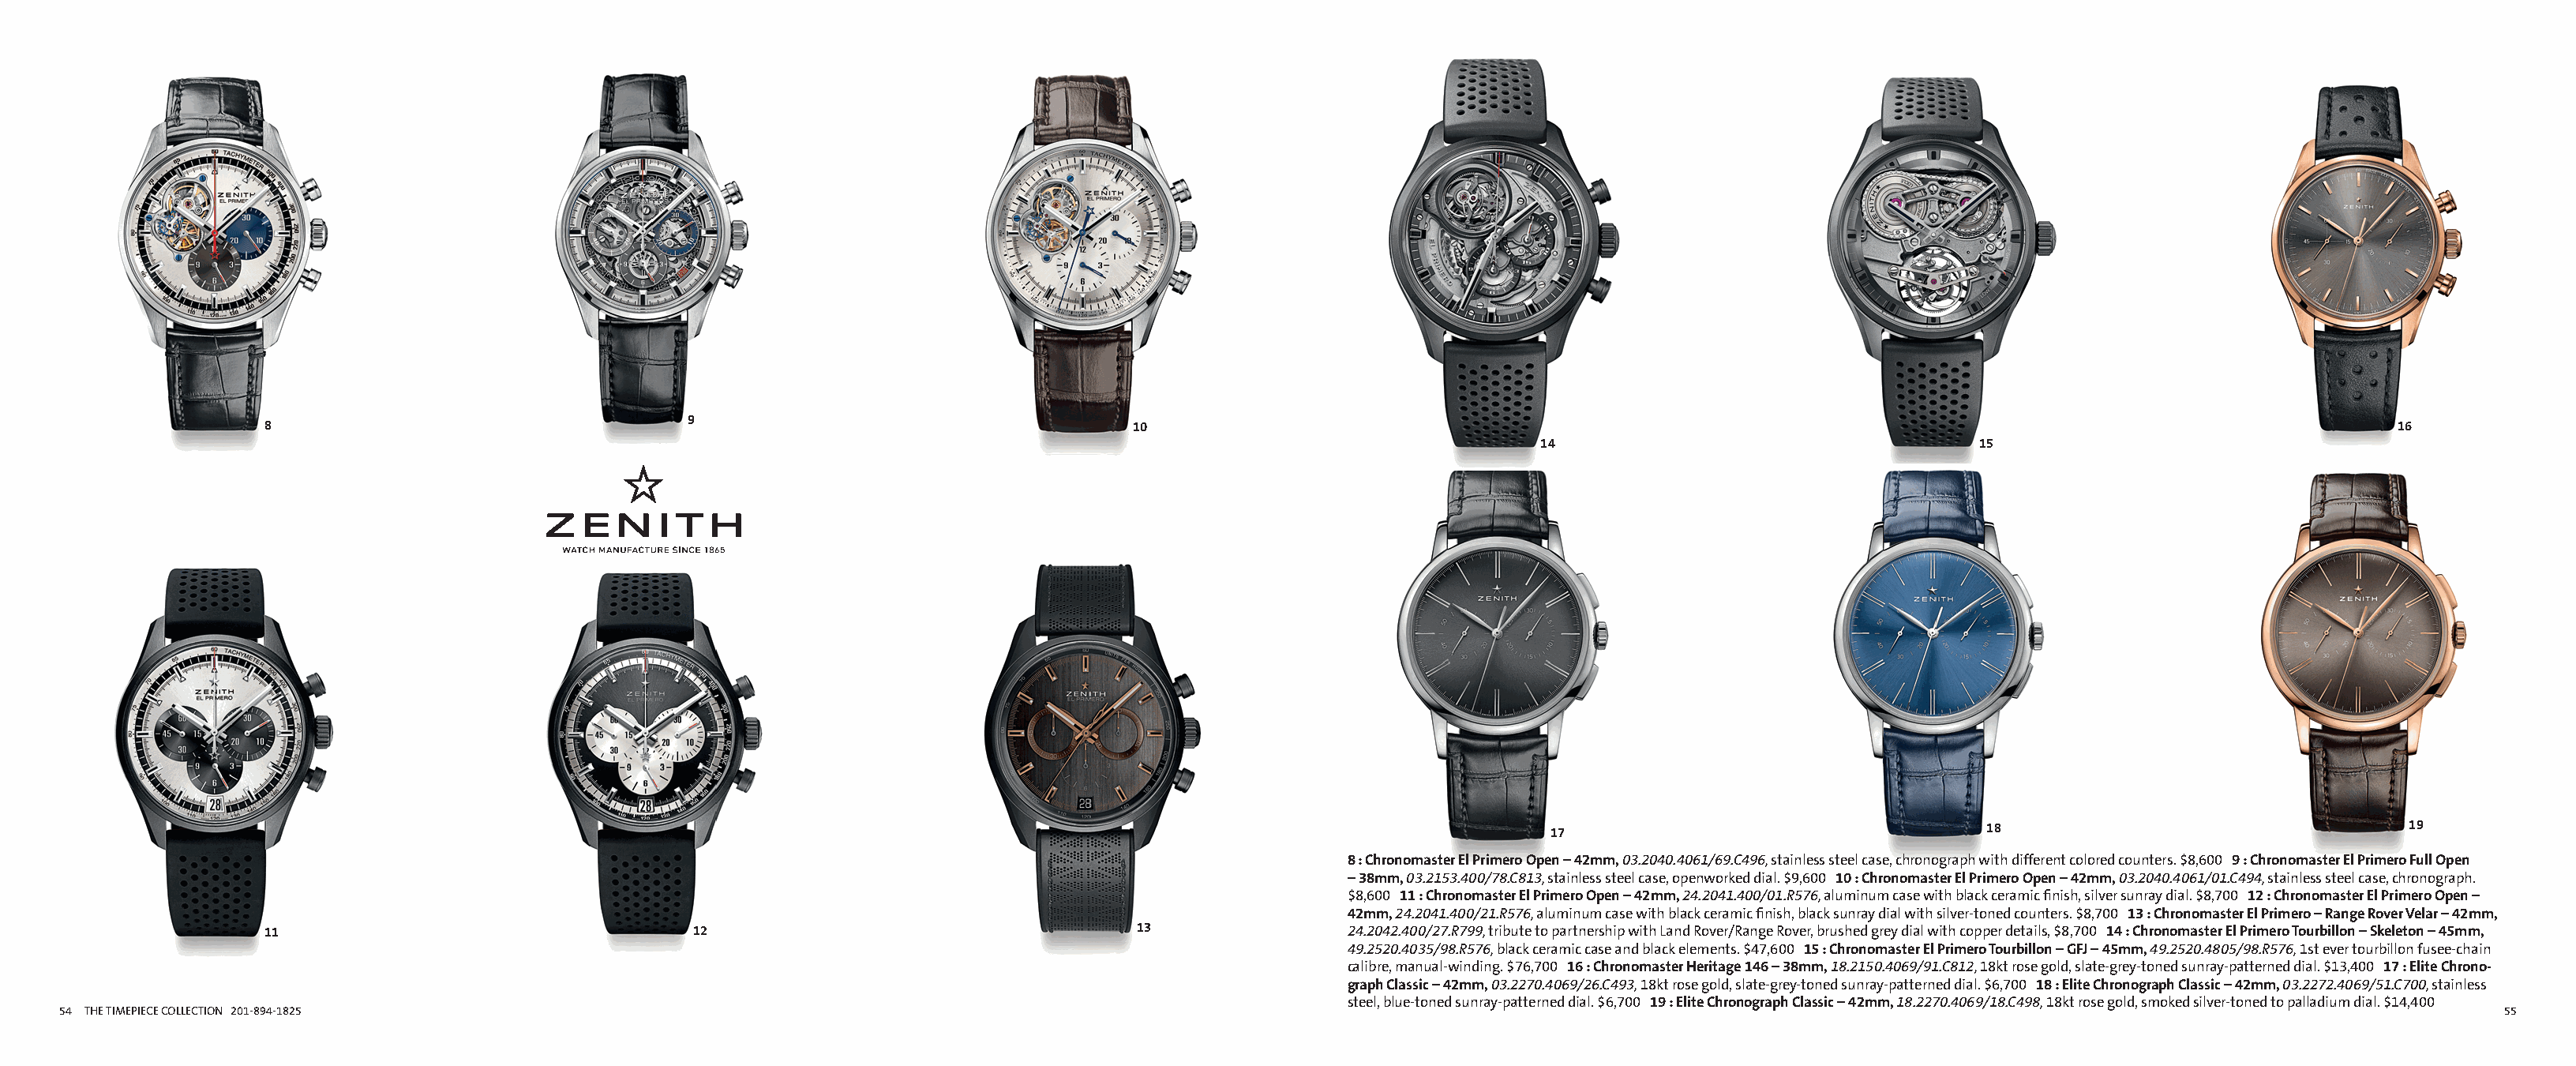
Alternate Insight ai135487b_54 Proof 1                                                              Alternate Insight ai135487b_55 Proof 1
 FullCatalogMech Text                                                                                      FullCatalogMech Text
 9
 8                                                                        10                                                                                                        16
 14                                   15
 17                                   18                                 19
 8 : Chronomaster El Primero Open – 42mm, 03.2040.4061/69.C496, stainless steel case, chronograph with different colored counters. $8,600 9 : Chronomaster El Primero Full Open
 – 38mm, 03.2153.400/78.C813, stainless steel case, openworked dial. $9,600 10 : Chronomaster El Primero Open – 42mm, 03.2040.4061/01.C494, stainless steel case, chronograph.
 $8,600 11 : Chronomaster El Primero Open – 42mm, 24.2041.400/01.R576, aluminum case with black ceramic finish, silver sunray dial. $8,700 12 : Chronomaster El Primero Open –
 42mm, 24.2041.400/21.R576, aluminum case with black ceramic finish, black sunray dial with silver-toned counters. $8,700 13 : Chronomaster El Primero – Range Rover Velar – 42mm,
 11                                  12                                   13                24.2042.400/27.R799, tribute to partnership with Land Rover/Range Rover, brushed grey dial with copper details, $8,700 14 : Chronomaster El Primero Tourbillon – Skeleton – 45mm,
 49.2520.4035/98.R576, black ceramic case and black elements. $47,600 15 : Chronomaster El Primero Tourbillon – GFJ – 45mm, 49.2520.4805/98.R576, 1st ever tourbillon fusee-chain
 calibre, manual-winding. $76,700 16 : Chronomaster Heritage 146 – 38mm, 18.2150.4069/91.C812, 18kt rose gold, slate-grey-toned sunray-patterned dial. $13,400 17 : Elite Chrono-
 graph Classic – 42mm, 03.2270.4069/26.C493, 18kt rose gold, slate-grey-toned sunray-patterned dial. $6,700 18 : Elite Chronograph Classic – 42mm, 03.2272.4069/51.C700, stainless
 steel, blue-toned sunray-patterned dial. $6,700 19 : Elite Chronograph Classic – 42mm, 18.2270.4069/18.C498, 18kt rose gold, smoked silver-toned to palladium dial. $14,400
 54 THE TIMEPIECE COLLECTION 201-894-1825                                                                                                                                                              55
 Cyan Magenta Yellow Black                                                                                   Cyan Magenta Yellow Black